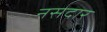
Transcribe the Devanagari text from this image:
नसदार